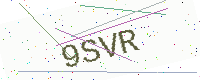
Text: 9SVR